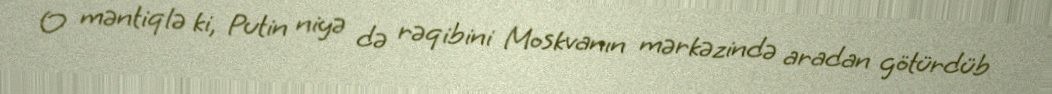
O məntiqlə ki, Putin niyə də rəqibini Moskvanın mərkəzində aradan götürdüb